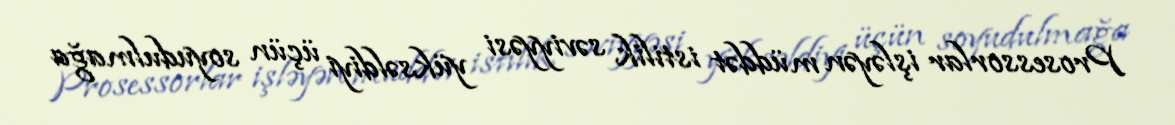
Prosessorlar işləyən müddət istilik səviyyəsi yüksəldiyi üçün soyudulmağa